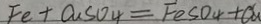
F e + C u S O _ { 4 } = F e S O _ { 4 } + C u